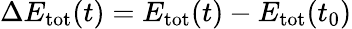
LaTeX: \Delta E_{\mathrm{tot}}(t)=E_{\mathrm{tot}}(t)-E_{\mathrm{tot}}(t_{0})